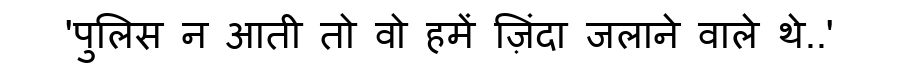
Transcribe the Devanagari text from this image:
'पुलिस न आती तो वो हमें ज़िंदा जलाने वाले थे..'